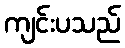
ကျင်းပသည်